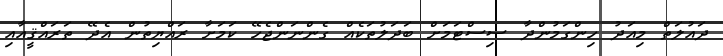
ދައުލަތް މިއަދު ހިންގަމުންދާ ސިސްޓަމަށް ބަދަލުތަކެއް ގެންނަންޖެހޭ ކަމަށާ ރައްޔިތުން އެދޭ ތަރައްޤީއާއި